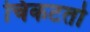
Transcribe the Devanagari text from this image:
चिकटतो